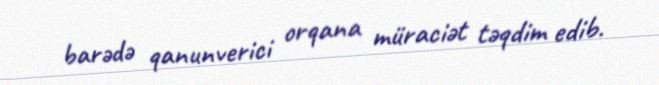
barədə qanunverici orqana müraciət təqdim edib.